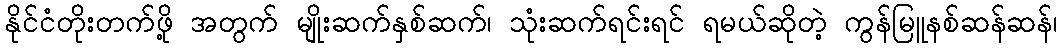
နိုင်ငံတိုးတက်ဖို့ အတွက် မျိုးဆက်နှစ်ဆက်၊ သုံးဆက်ရင်းရင် ရမယ်ဆိုတဲ့ ကွန်မြူနစ်ဆန်ဆန်၊